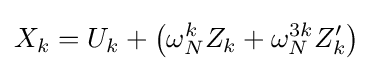
X_{k}=U_{k}+\left(\omega _{N}^{k}Z_{k}+\omega _{N}^{3k}Z'_{k}\right)